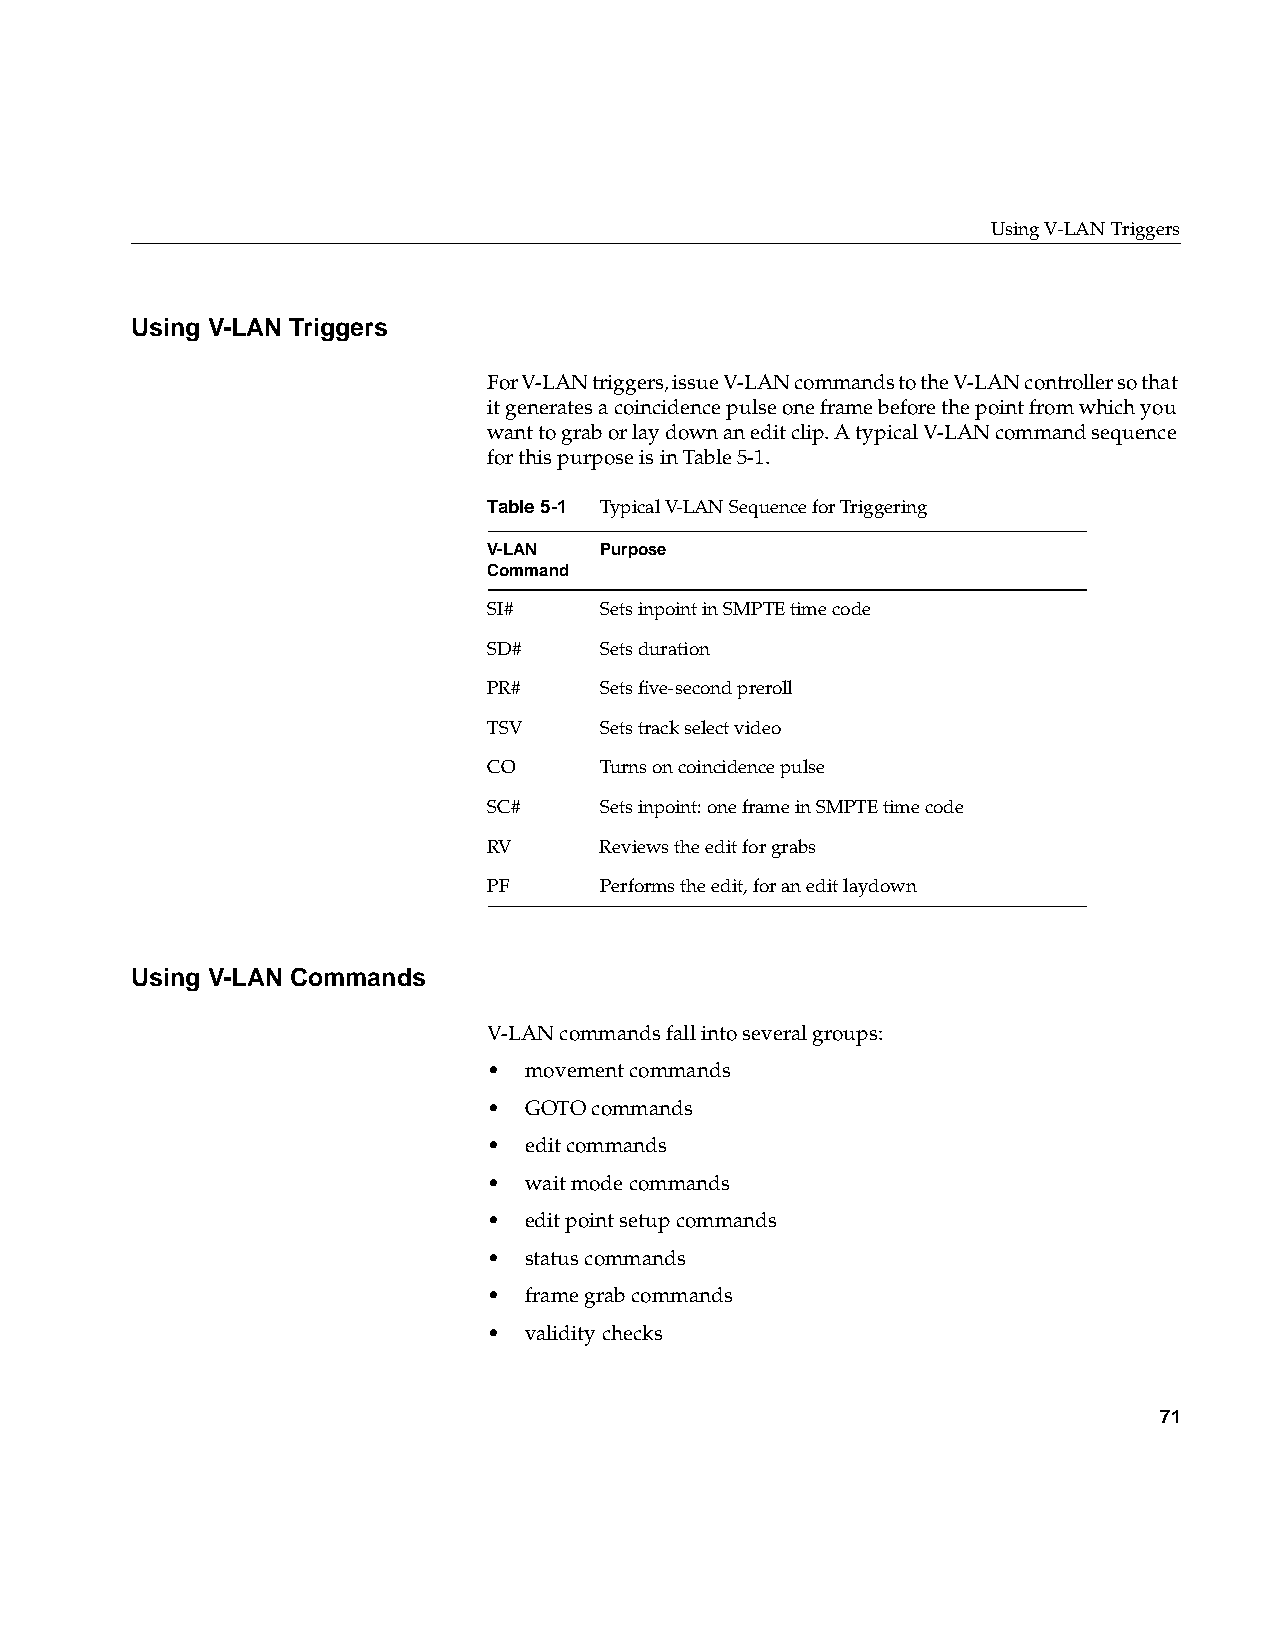
Using V-LAN Triggers
 Using V-LAN Triggers
 For V-LAN triggers, issue V-LAN commands to the V-LAN controller so that
 it generates a coincidence pulse one frame before the point from which you
 want to grab or lay down an edit clip. A typical V-LAN command sequence
 for this purpose is in Table5-1.
 Table5-1 Typical V-LAN Sequence for Triggering
 V-LAN   Purpose
 Command
 SI#     Sets inpoint in SMPTE time code
 SD#     Sets duration
 PR#     Sets five-second preroll
 TSV     Sets track select video
 CO      Turns on coincidence pulse
 SC#     Sets inpoint: one frame in SMPTE time code
 RV      Reviews the edit for grabs
 PF      Performs the edit, for an edit laydown
 Using V-LAN Commands
 V-LAN commands fall into several groups:
 •  movement commands
 •  GOTO commands
 •  edit commands
 •  wait mode commands
 •  edit point setup commands
 •  status commands
 •  frame grab commands
 •  validity checks
 71